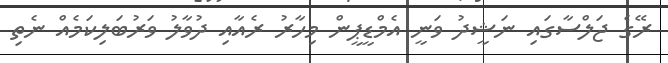
ރޭގެ ޖަލްސާގައި ނަޝީދު ވަނީ އެމްޑީޕީން މިހާރު ރެއާއި ދުވާލު ވަރުބަލިކަމެއް ނެތި